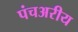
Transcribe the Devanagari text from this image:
पंचअरीय